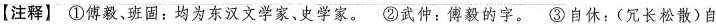
【注释】①傅毅、班固；均为东汉文学家、史学家。②武仲：傅毅的字。③自休：(冗长松散)自